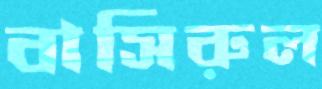
বাসিরুল